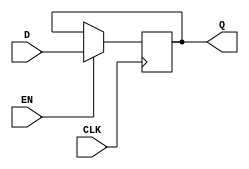
module edge_triggered_gated_latch (
    input wire D,      // Data Input
    input wire CLK,    // Clock Input
    input wire EN,     // Enable Signal
    output reg Q       // Output
);

    // Always block to model the edge-triggered behavior
    always @(posedge CLK) begin
        if (EN) begin
            Q <= D; // Capture the data input D on the rising edge of CLK when EN is high
        end
        // If EN is low, Q retains its previous value (no action needed)
    end

endmodule